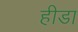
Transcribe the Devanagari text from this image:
हीडा